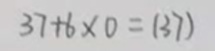
3 7 + 6 \times 0 = ( 3 7 )